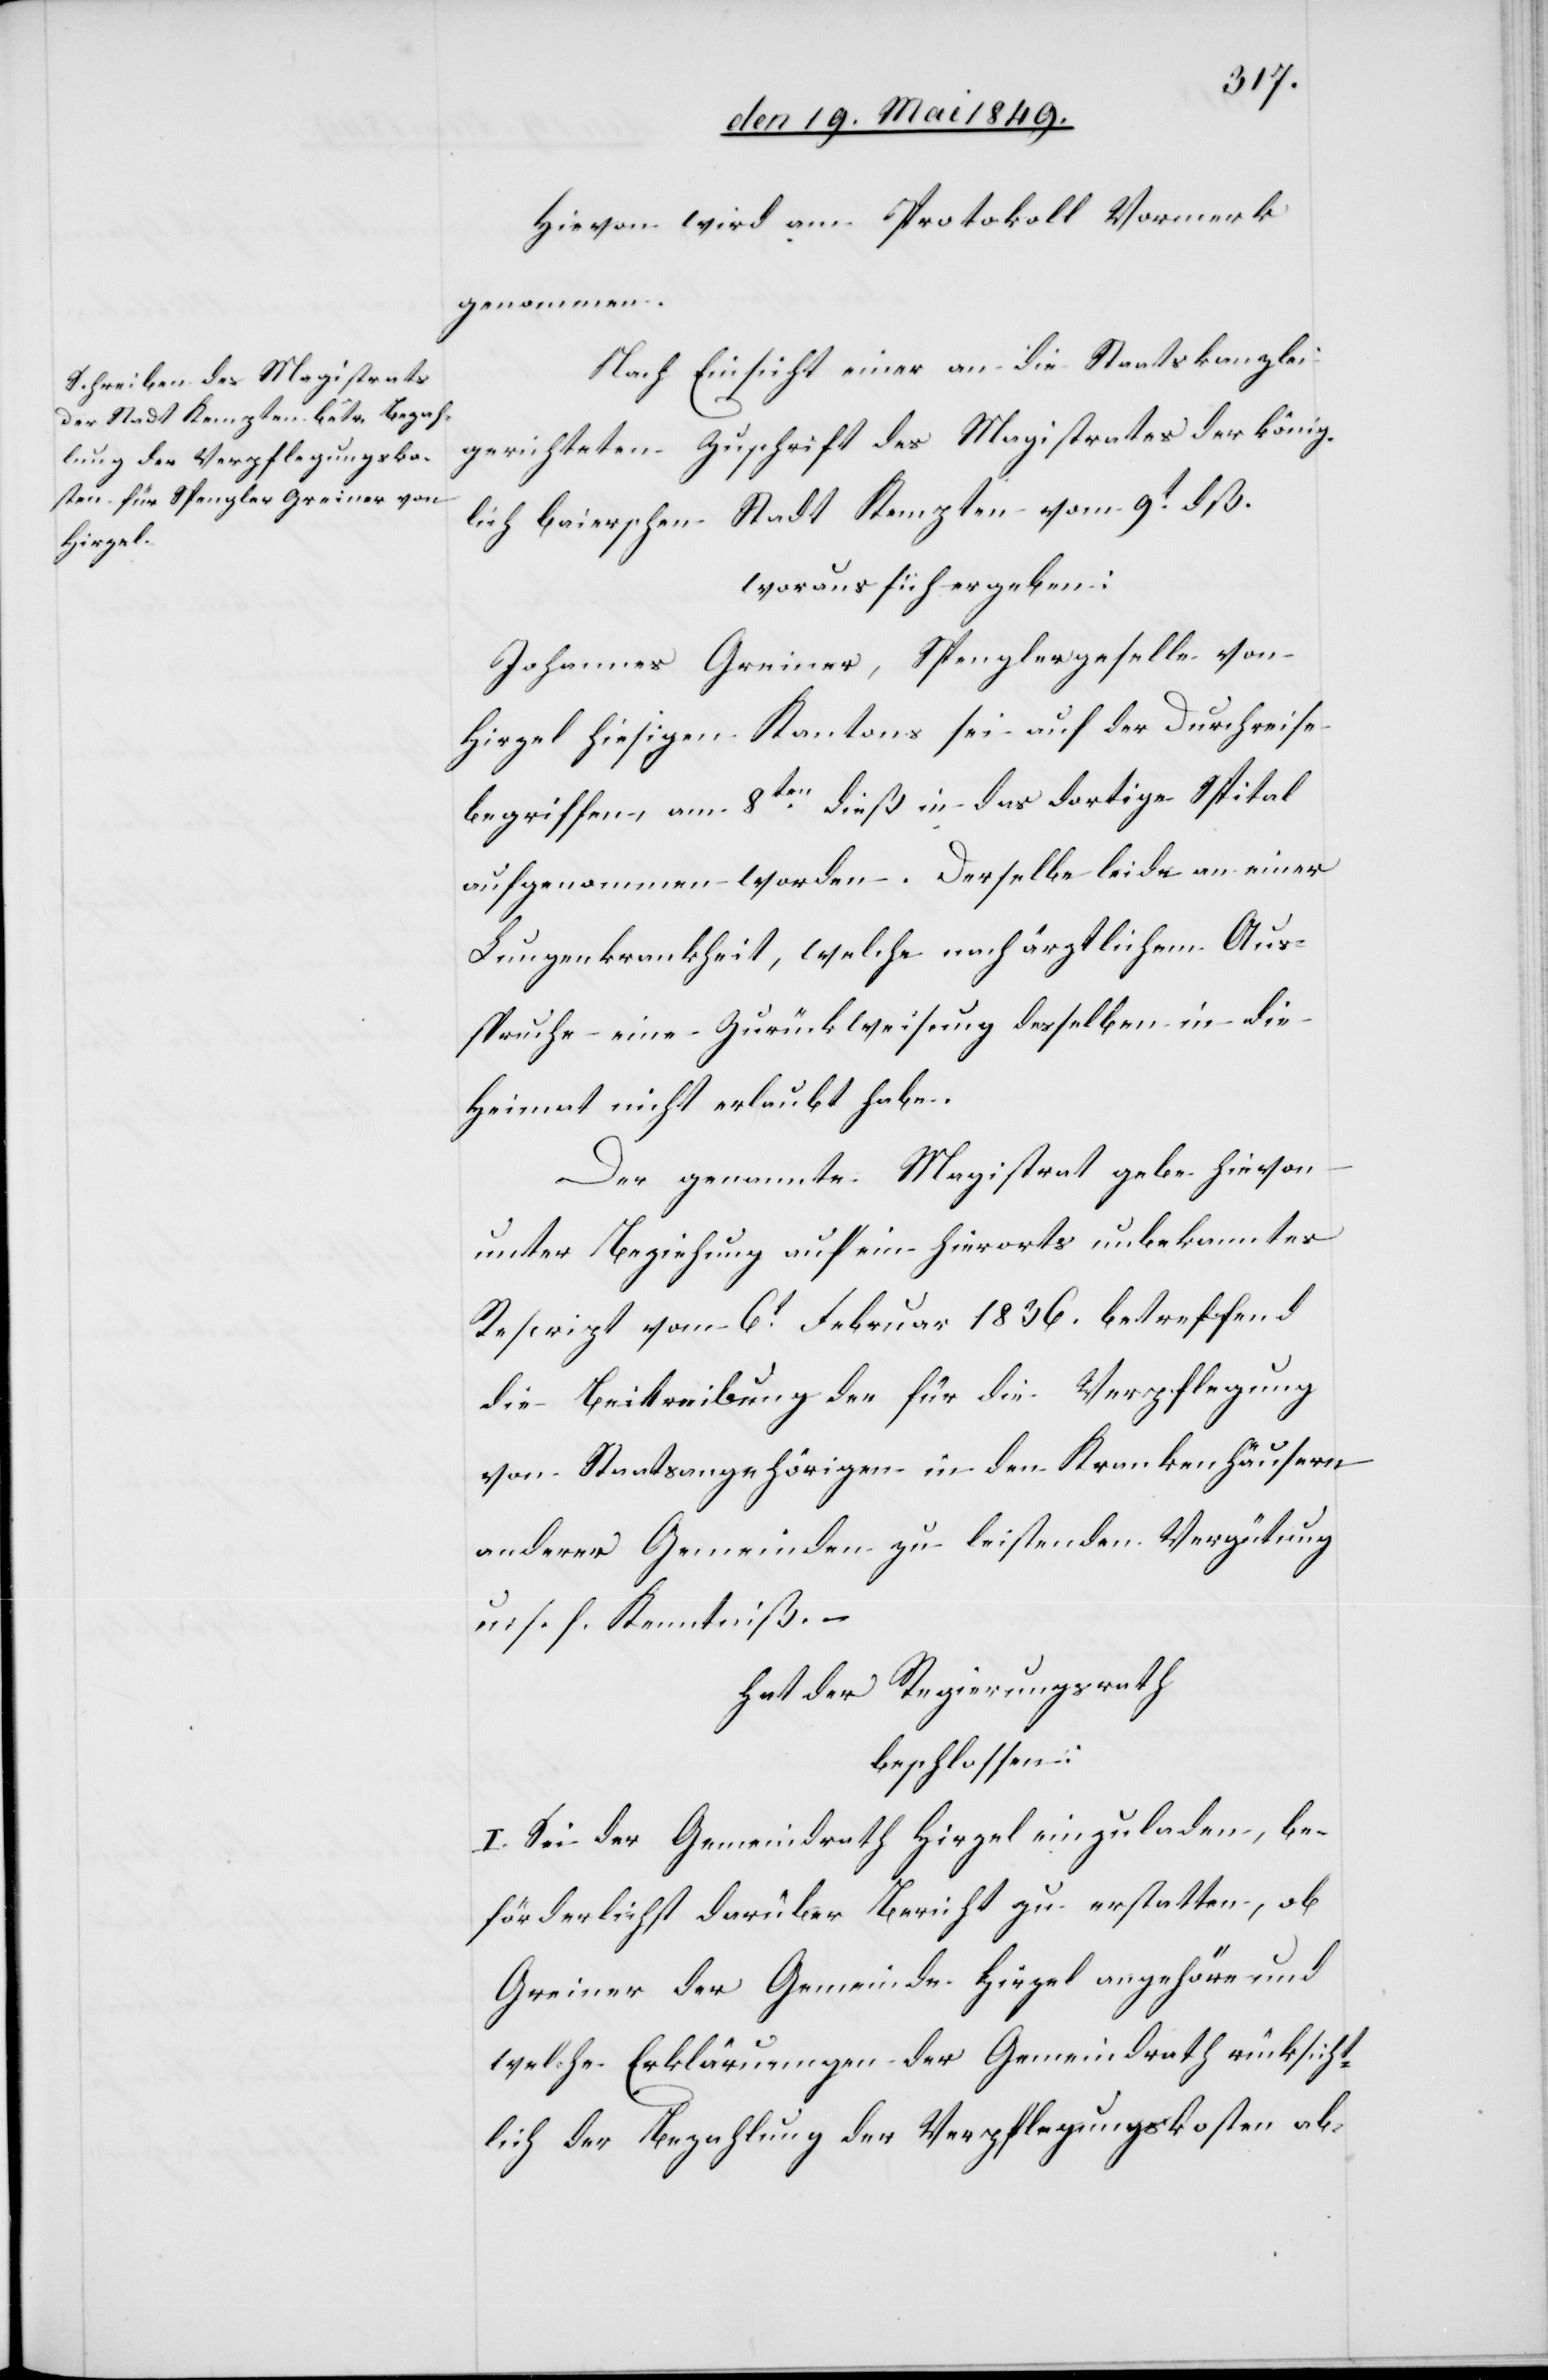
Hievon wird am Protokoll Vormerk
genommen.
Nach Einsicht einer an die Staatskanzlei
gerichteten Zuschrift des Magistrates der könig¬
lich baierschen Stadt Kempten vom 9t dß.
woraus sich ergeben:
Johannes Greiner, Spenglergeselle von
Hirzel hiesigen Kantons sei auf der Durchreise
begriffen, am 8ten dieß in das dortige Spital
aufgenommen worden. Derselbe leide an einer
Lungenkrankheit, welche nach ärztlichem Aus¬
spruche eine Zurückweisung desselben in die
Heimat nicht erlaubt habe.
Der gesammte Magistrat gebe hievon
unter Beziehung auf ein hierorts unbekanntes
Rescript von 6t Februar 1836. betreffend
die Beitreibung der für die Verpflegung
von Staatsangehörigen in den Krankenhäusern
anderer Gemeinden zu leistenden Vergütung
u. s. f. Kenntniß.
hat der Regierungsrath
beschlossen:
I. Sei der Gemeindrath Hirzel einzuladen, be¬
förderlichst darüber Bericht zu erstatten, ob
Greiner der Gemeinde Hirzel angehöre und
welche Erklärungen der Gemeindrath rücksicht¬
lich der Bezahlung der Verpflegungskosten ab-